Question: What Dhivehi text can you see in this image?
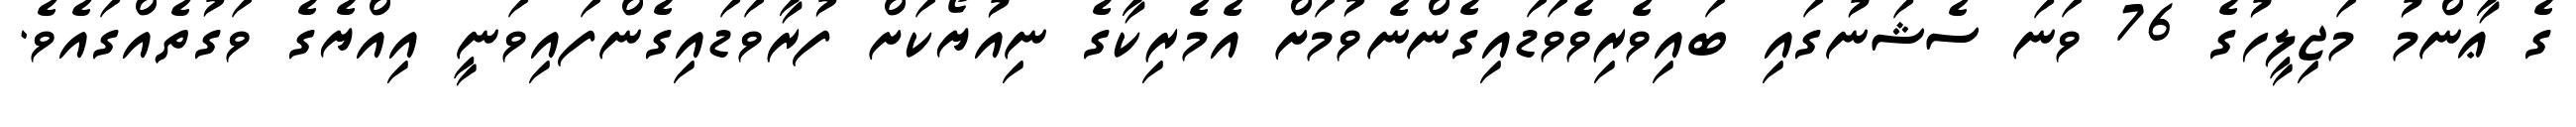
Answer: ގެ ޢާންމު މަޖިލީހުގެ 76 ވަނަ ސެޝަނުގައި ބައިވެރިވެވަޑައިގެންނެވުމަށް އެމެރިކާގެ ނިއުޔޯކަށް ފުރާވަޑައިގެންފައިވަނީ އިއްޔެގެ ވަގުތެއްގައެވެ.